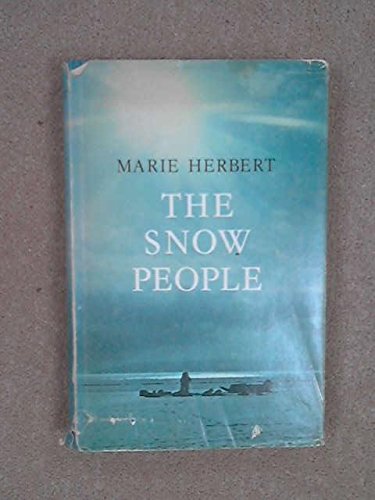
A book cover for The Snow People; Marie Herbert; History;